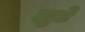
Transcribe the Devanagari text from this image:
झुडे